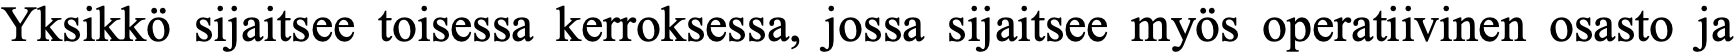
Yksikkö sijaitsee toisessa kerroksessa, jossa sijaitsee myös operatiivinen osasto ja